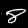
Label: 8